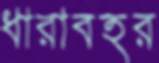
ধারাবহর